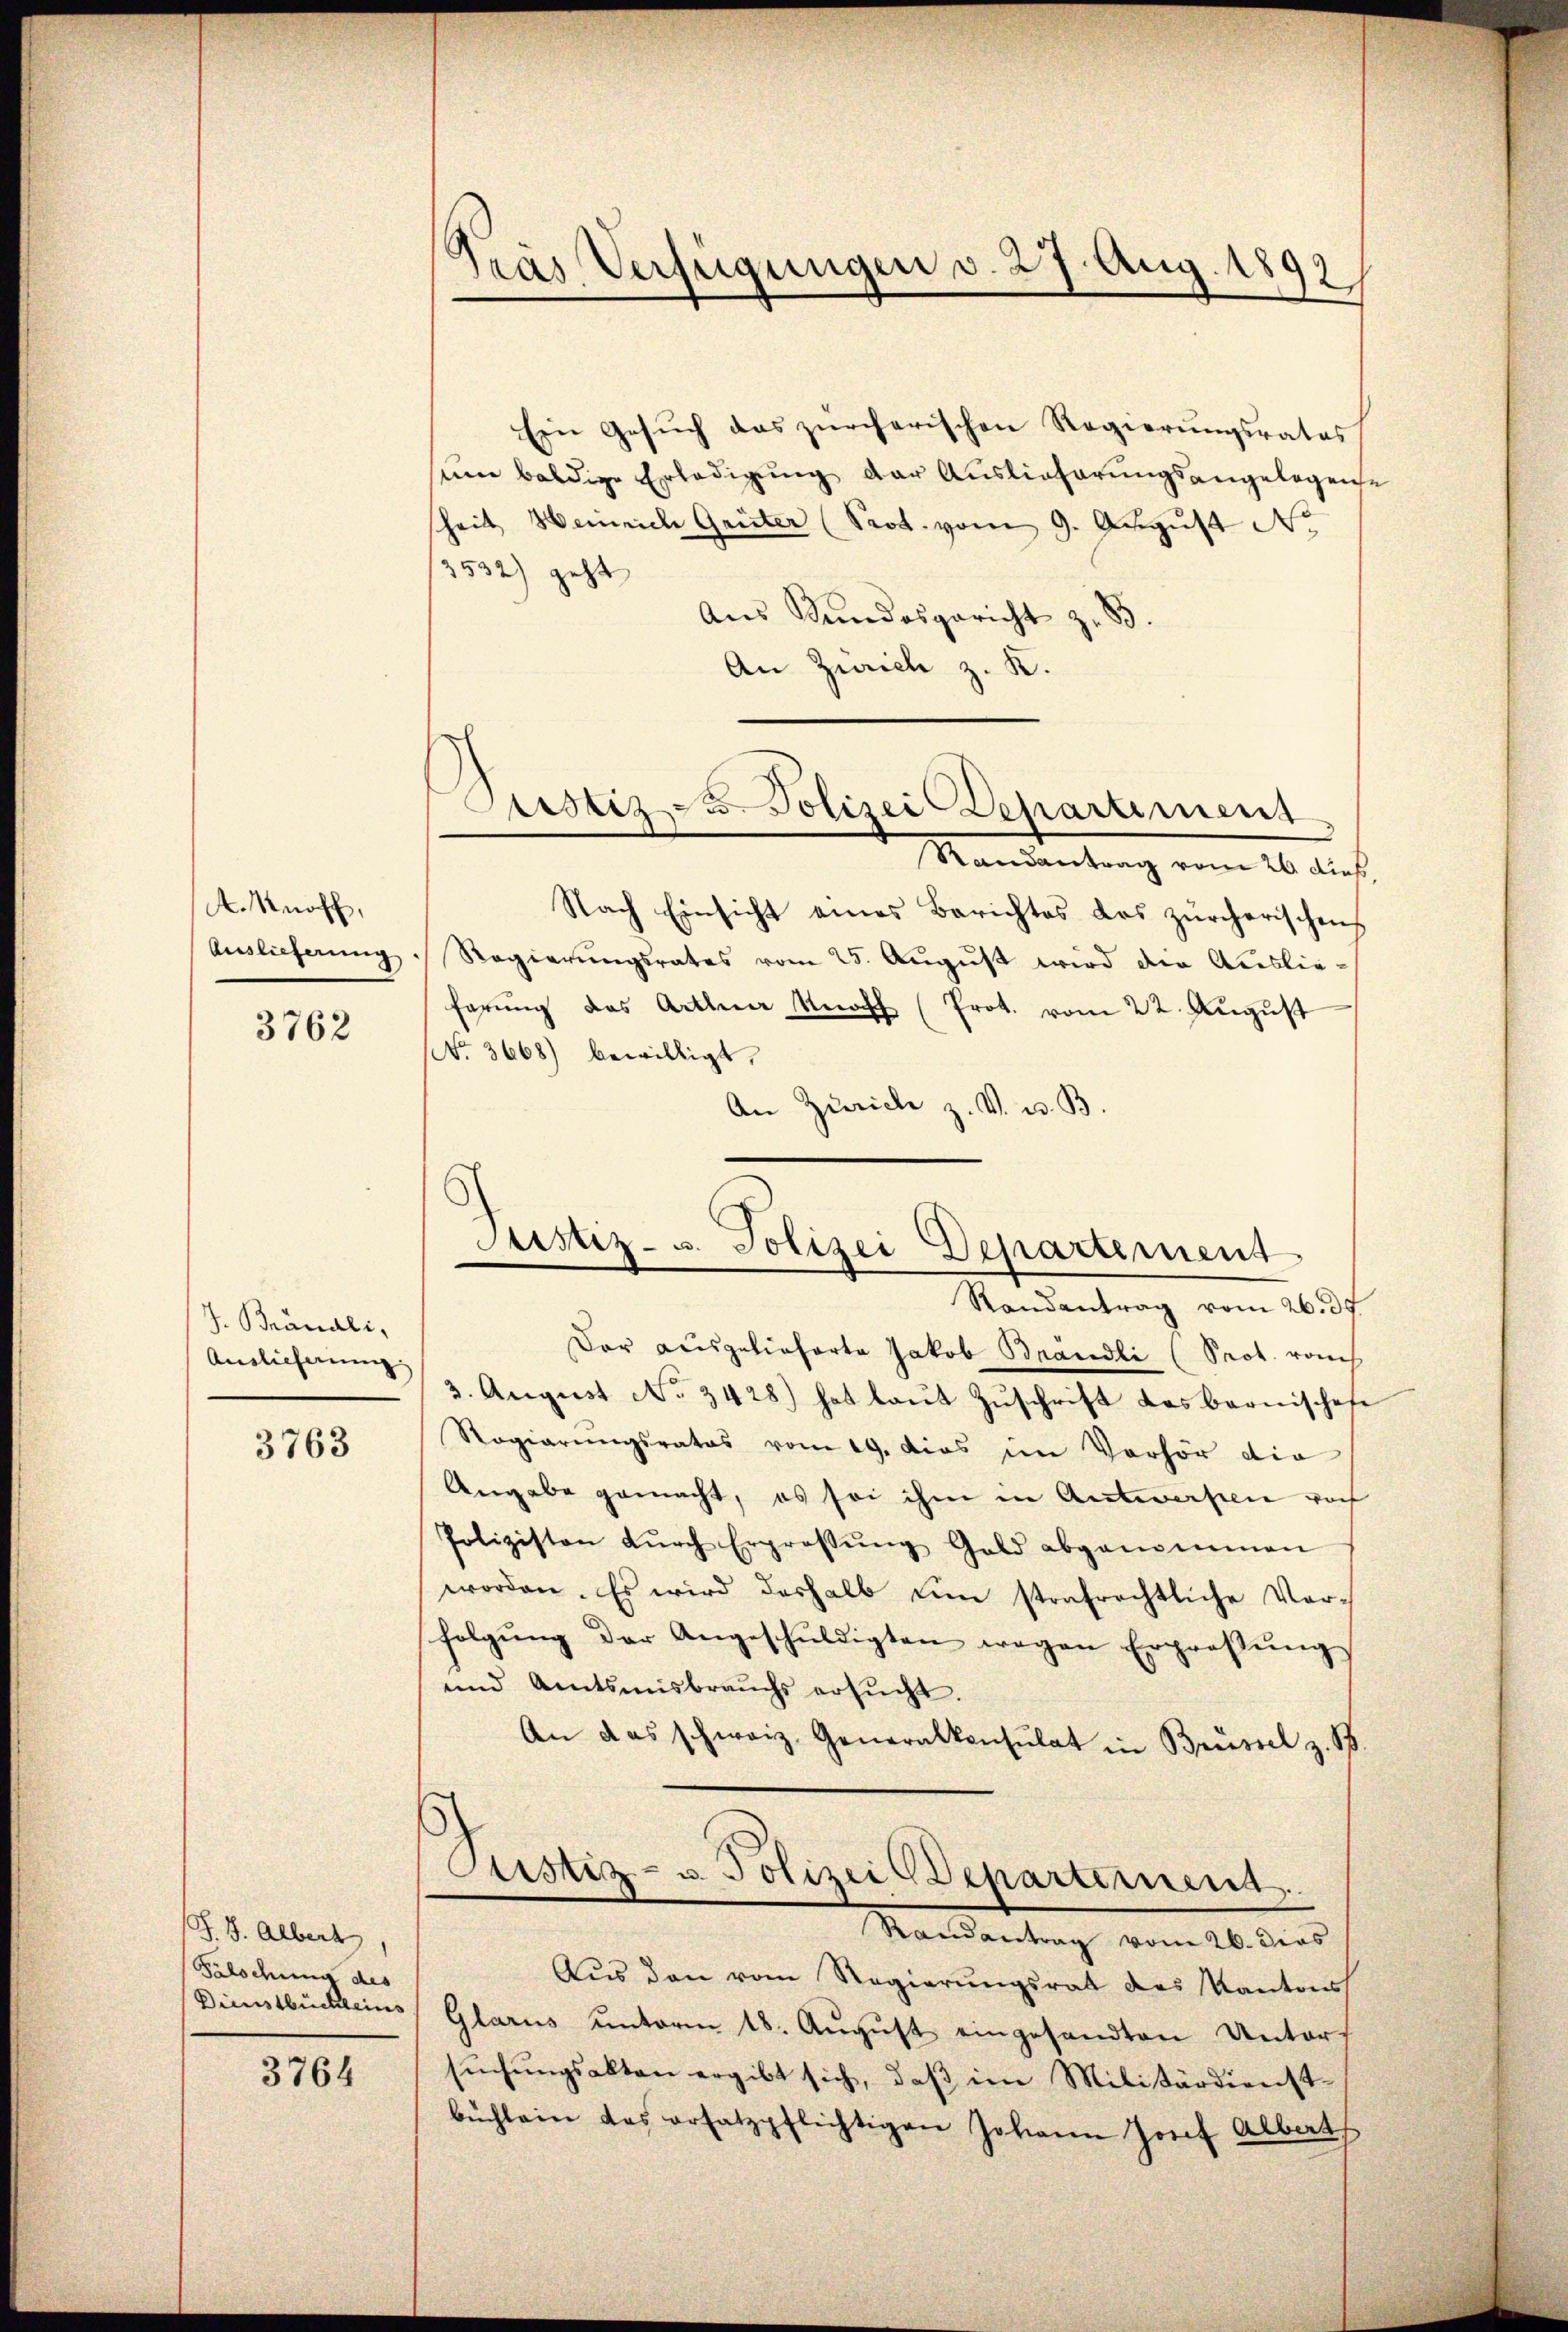
A. Knoff,
Auslieferung

3762

J. Branali,
Auslieferung

3763

J. J. Albert
Gelodung des
Dienstbüchleins

3764

.
Gras Verfügungen v. 27. Aug. 1892,

Ein Gesŭch das zürcherischen Regierŭngsrates
um baldige Erledigung der Auslieferungsangelegene
sheit Heinrich Grüter (Prot. vom 9. August No
2532) geht
Aus Kundesgericht z. 83.
An Zürich z. K.

Randantrag vom 26 dies
Nach Einsicht eines Berichtes des zürcherischens
Regierungsrates vom 25. August wird der Auslieferung das Arthner Knoch (Prot. vom 22. August
NNo. 3668) bewilligt,
An Zürich z. V. u. B.

Justiz zu Polizei Departement

Justiz- u. Polizei Departement

Randantrag vom 26. d.
Dar ausgelieferte Jakob Brandli (Prot. rauch
3. August No. 3428) hat laut Zuschrift das bernischese
Regierŭngsrates vom 19. dies im Verhör die
Angabe gemacht, es sei ihm in Antworfen noch
Polizisten dŭrch Ergrossŭng Gold abgenommen
worden. Es wird deshalb um strafrechtliche Vorfolgŭng der Angeschŭldigten wegen Ergroβŭng
und Amtsmisbrauchs ersŭcht.
An das schweiz. Generalkonsulat in Brüssel z. B.
Custiz- u. Polizei Repartement
Randantrag vom 26. dies
Aus den vom Regierungsrat des Kantons
Glarus unterm 18. Aŭgŭst eingesandten Unters
sŭchŭngsakten ergibt sich, daβ im Militärdienst-
büchlein das ersatzpflichtigen Johann Josef Alberg